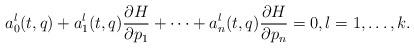
LaTeX: \begin{align*}a_0^l(t,q)+a_1^l(t,q)\frac{\partial H}{\partial p_1}+\dots+a_n^l(t,q)\frac{\partial H}{\partial p_n}=0, l=1,\dots,k.\end{align*}